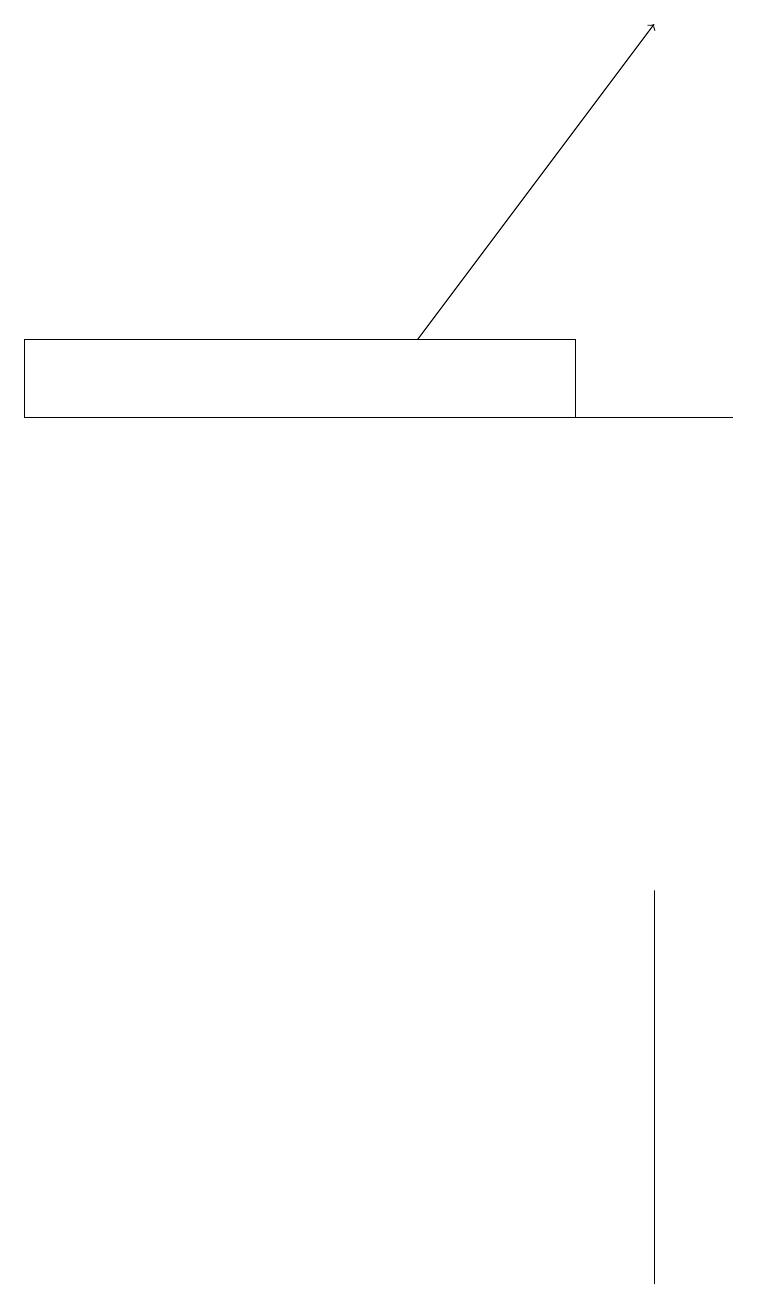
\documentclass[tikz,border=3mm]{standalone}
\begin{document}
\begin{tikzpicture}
\draw (9,13) rectangle (2,13);
\draw (2,13) rectangle (8,13);
\draw[->] (5,14) -- (8,18);
\draw (8,2) -- (8,7) -- (8,7) -- cycle;
\draw (7,14) rectangle (0,13);
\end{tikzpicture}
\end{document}